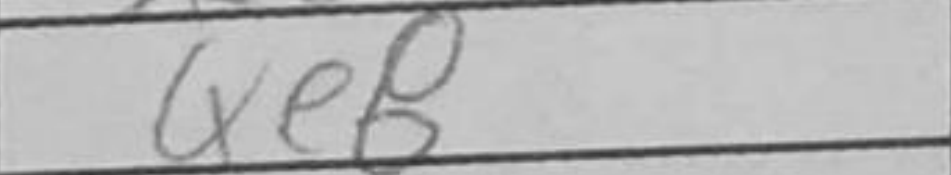
Transcription: Qe8